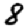
Digit: 8